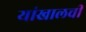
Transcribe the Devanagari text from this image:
यांखालची